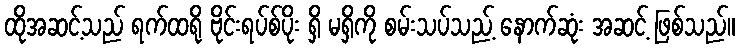
ထိုအဆင့်သည် ရက်ထရို ဗိုင်းရပ်စ်ပိုး ရှိ မရှိကို စမ်းသပ်သည့် နောက်ဆုံး အဆင့် ဖြစ်သည်။